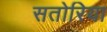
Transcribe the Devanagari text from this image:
सतोरिया